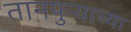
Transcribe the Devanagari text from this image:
तानपुऱ्याच्या